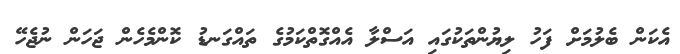
އެކަން ބެލުމަށް ފަހު ލިޔުންތަކުގައި އަސްލާ އެއްގޮތްކަމުގެ ތައްގަނޑު ކޮންމެހެން ޖަހަން ނުޖެހޭ